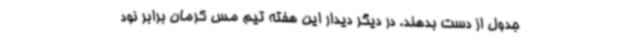
جدول از دست بدهند. در دیگر دیدار این هفته تیم مس کرمان برابر نود